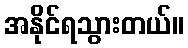
အနိုင်ရသွားတယ်။